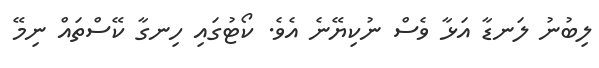
ލިބުނު ލަނޑާ އަޅާ ވެސް ނުކިޔޭނެ އެވެ. ކޯޓުގައި ހިނގާ ކޭސްތައް ނިމޭ